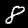
Digit: 8